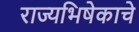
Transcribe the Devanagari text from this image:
राज्यभिषेकाचे